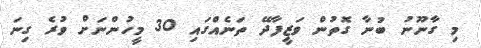
މި ގާނޫނު ބުނާ ގޮތުން ވަޒީފާދޭ ތަނެއްގައި 30 މީހުންނަށް ވުރެ ގިނަ